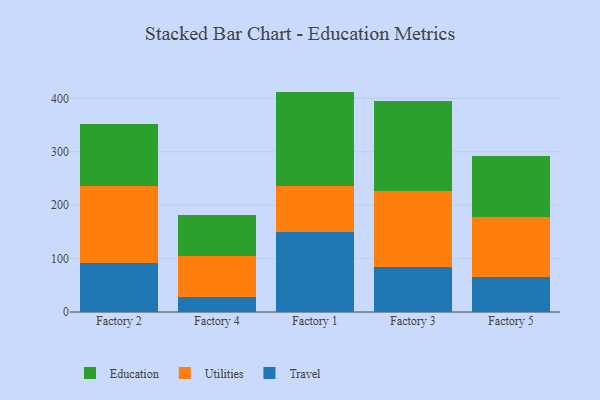
{"axis": {"x": "Factory", "y": "Energy Usage (MWh)"}, "legend": ["Education", "Travel", "Utilities"], "data": [{"x": "Factory 2", "y": 92.5, "type": "Travel"}, {"x": "Factory 2", "y": 142.9, "type": "Utilities"}, {"x": "Factory 2", "y": 115.8, "type": "Education"}, {"x": "Factory 4", "y": 27.6, "type": "Travel"}, {"x": "Factory 4", "y": 77.8, "type": "Utilities"}, {"x": "Factory 4", "y": 76.8, "type": "Education"}, {"x": "Factory 1", "y": 149.0, "type": "Travel"}, {"x": "Factory 1", "y": 86.3, "type": "Utilities"}, {"x": "Factory 1", "y": 177.5, "type": "Education"}, {"x": "Factory 3", "y": 84.2, "type": "Travel"}, {"x": "Factory 3", "y": 142.5, "type": "Utilities"}, {"x": "Factory 3", "y": 167.6, "type": "Education"}, {"x": "Factory 5", "y": 66.2, "type": "Travel"}, {"x": "Factory 5", "y": 111.1, "type": "Utilities"}, {"x": "Factory 5", "y": 115.1, "type": "Education"}]}